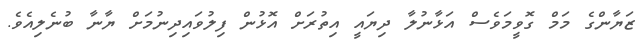
ޒަޔާންގެ މަމް ގޮވީމަވެސް އަޅާނުލާ ދިޔައީ އިތުރަށް އޮޅުން ފިލުވައިދިނުމަށް ޔާނާ ބުނެލިއެވެ.